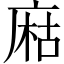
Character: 𢉽